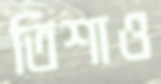
তিশাও